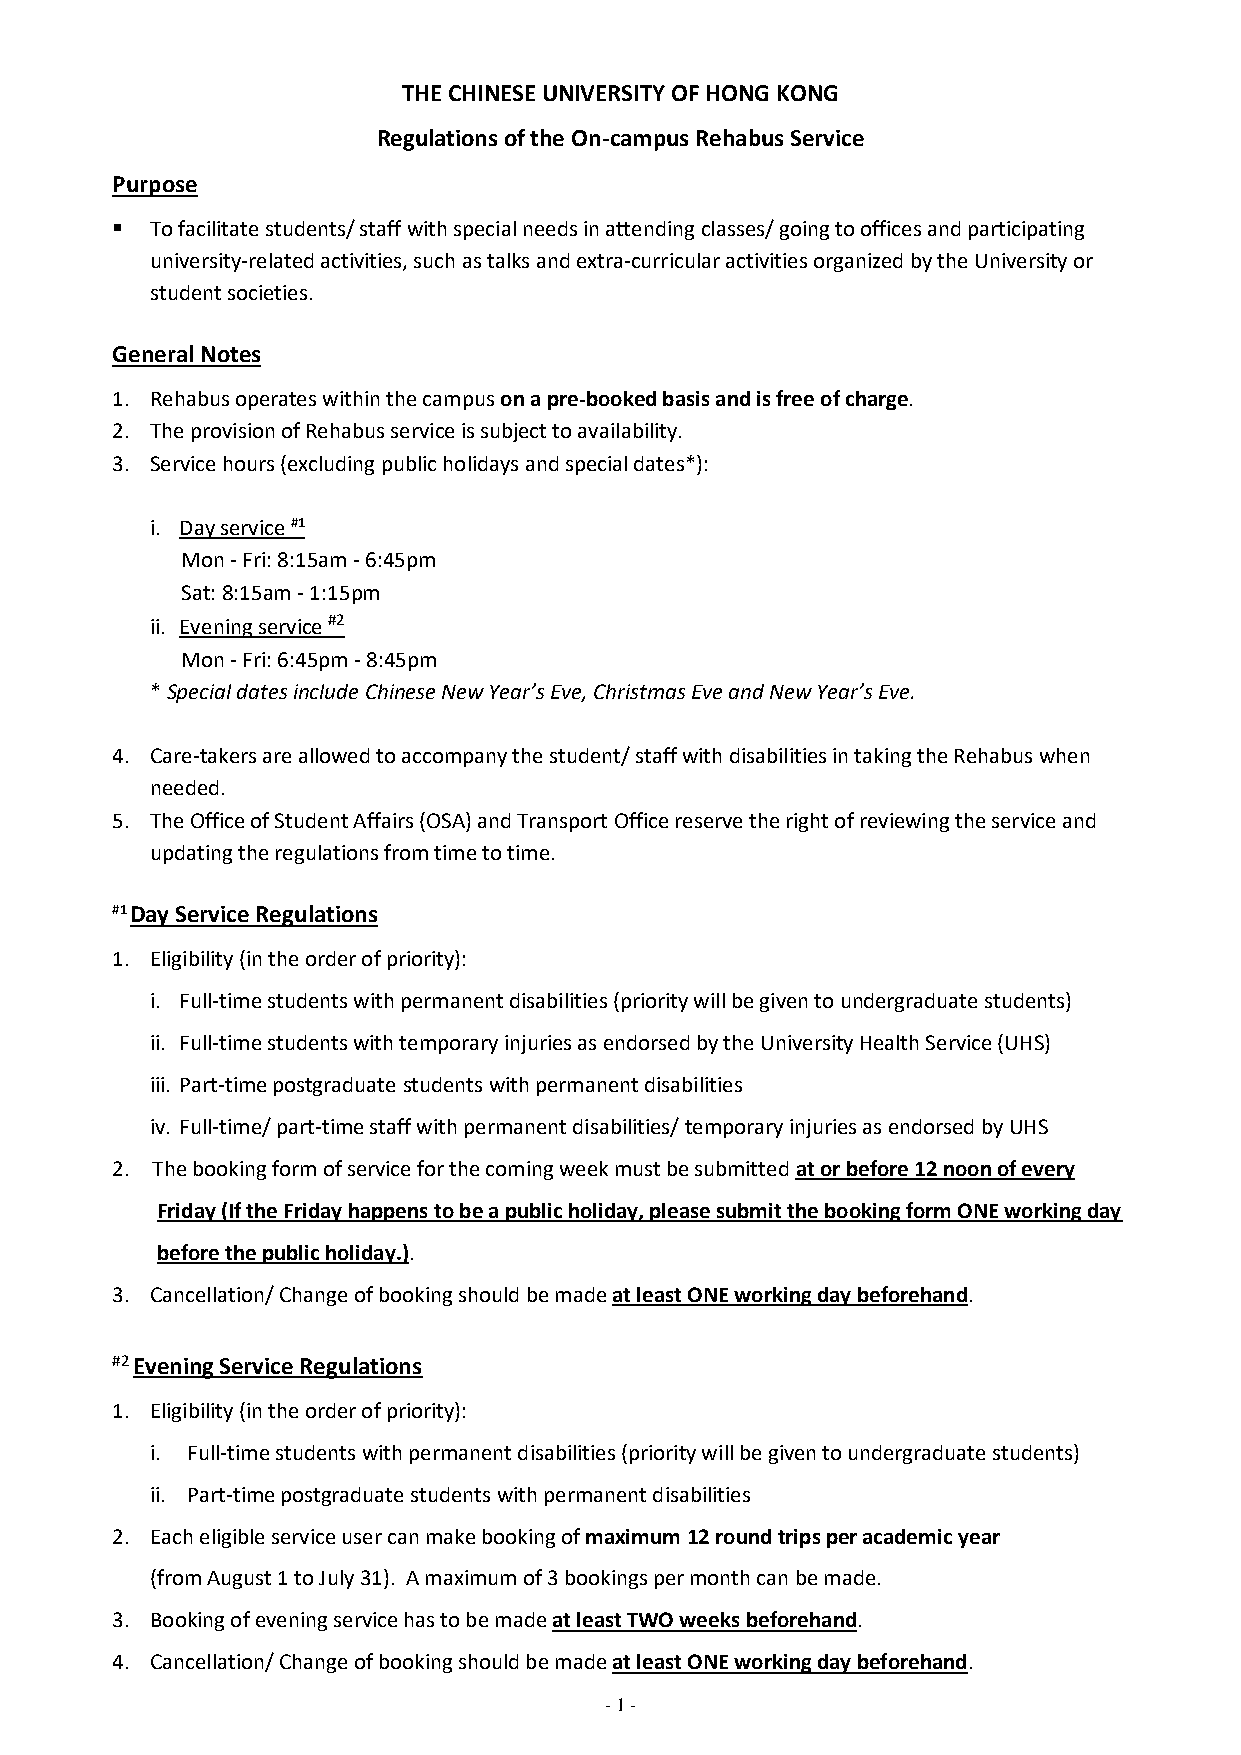
THE CHINESE UNIVERSITY OF HONG KONG
 Regulations of the On-campus Rehabus Service
 Purpose
   To facilitate students/ staff with special needs in attending classes/ going to offices and participating
 university-related activities, such as talks and extra-curricular activities organized by the University or
 student societies.
 General Notes
 1. Rehabus operates within the campus on a pre-booked basis and is free of charge.
 2. The provision of Rehabus service is subject to availability.
 3. Service hours (excluding public holidays and special dates*):
 i. Day service #1
 Mon - Fri: 8:15am - 6:45pm
 Sat: 8:15am - 1:15pm
 ii. Evening service #2
 Mon - Fri: 6:45pm - 8:45pm
 * Special dates include Chinese New Year’s Eve, Christmas Eve and New Year’s Eve.
 4. Care-takers are allowed to accompany the student/ staff with disabilities in taking the Rehabus when
 needed.
 5. The Office of Student Affairs (OSA) and Transport Office reserve the right of reviewing the service and
 updating the regulations from time to time.
 #1 Day Service Regulations
 1. Eligibility (in the order of priority):
 i. Full-time students with permanent disabilities (priority will be given to undergraduate students)
 ii. Full-time students with temporary injuries as endorsed by the University Health Service (UHS)
 iii. Part-time postgraduate students with permanent disabilities
 iv. Full-time/ part-time staff with permanent disabilities/ temporary injuries as endorsed by UHS
 2. The booking form of service for the coming week must be submitted at or before 12 noon of every
 Friday (If the Friday happens to be a public holiday, please submit the booking form ONE working day
 before the public holiday.).
 3. Cancellation/ Change of booking should be made at least ONE working day beforehand.
 #2 Evening Service Regulations
 1. Eligibility (in the order of priority):
 i. Full-time students with permanent disabilities (priority will be given to undergraduate students)
 ii. Part-time postgraduate students with permanent disabilities
 2. Each eligible service user can make booking of maximum 12 round trips per academic year
 (from August 1 to July 31). A maximum of 3 bookings per month can be made.
 3. Booking of evening service has to be made at least TWO weeks beforehand.
 4. Cancellation/ Change of booking should be made at least ONE working day beforehand.
 - 1 -